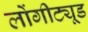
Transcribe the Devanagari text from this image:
लोंगीट्यूड